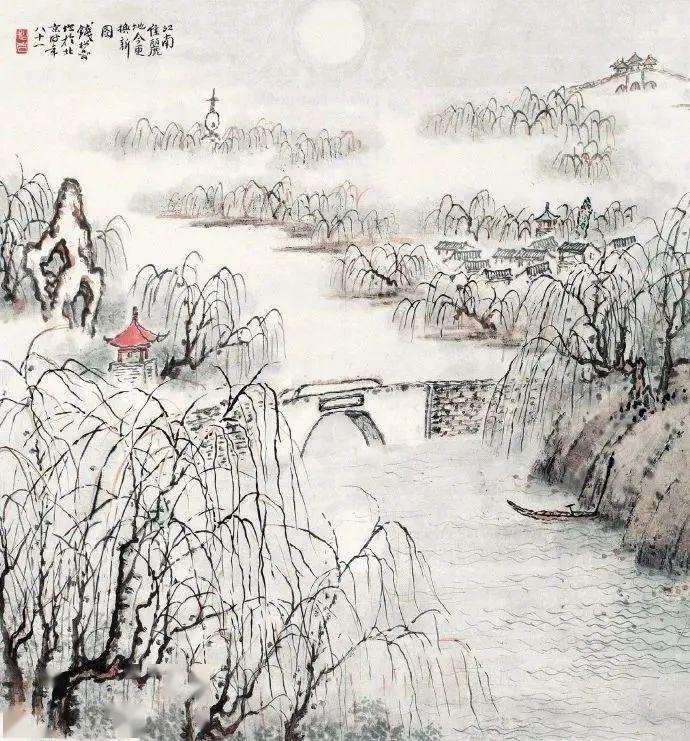
可惜一溪风月，莫教踏碎琼瑶。